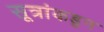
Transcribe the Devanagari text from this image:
सूत्रांकडून